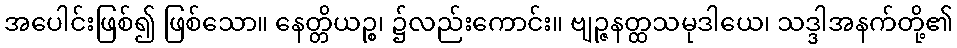
အပေါင်းဖြစ်၍ ဖြစ်သော။ နေတ္တိယဉ္စ၊ ၌လည်းကောင်း။ ဗျဉ္ဇနတ္ထသမုဒါယေ၊ သဒ္ဒါအနက်တို့၏